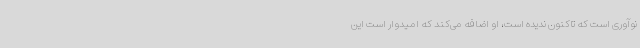
نوآوری است که تاکنون ندیده است، او اضافه می‌کند که امیدوار است این